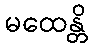
မထေန္တိ